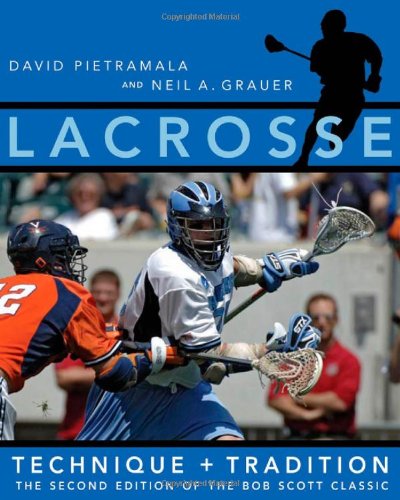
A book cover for Lacrosse: Technique and Tradition, The Second Edition of the Bob Scott Classic; David G. Pietramala; Sports & Outdoors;